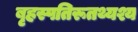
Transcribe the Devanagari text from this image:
बृहस्पतिरूतथ्यश्य